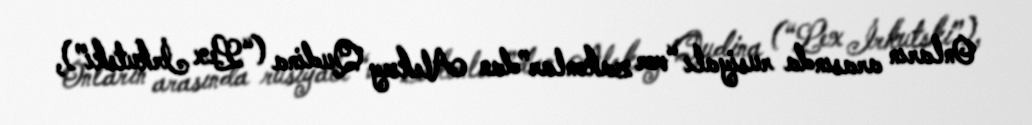
Onların arasında rusiyalı “vor zakonlar”dan Aleksey Qudina (“Lex İrkutski”),